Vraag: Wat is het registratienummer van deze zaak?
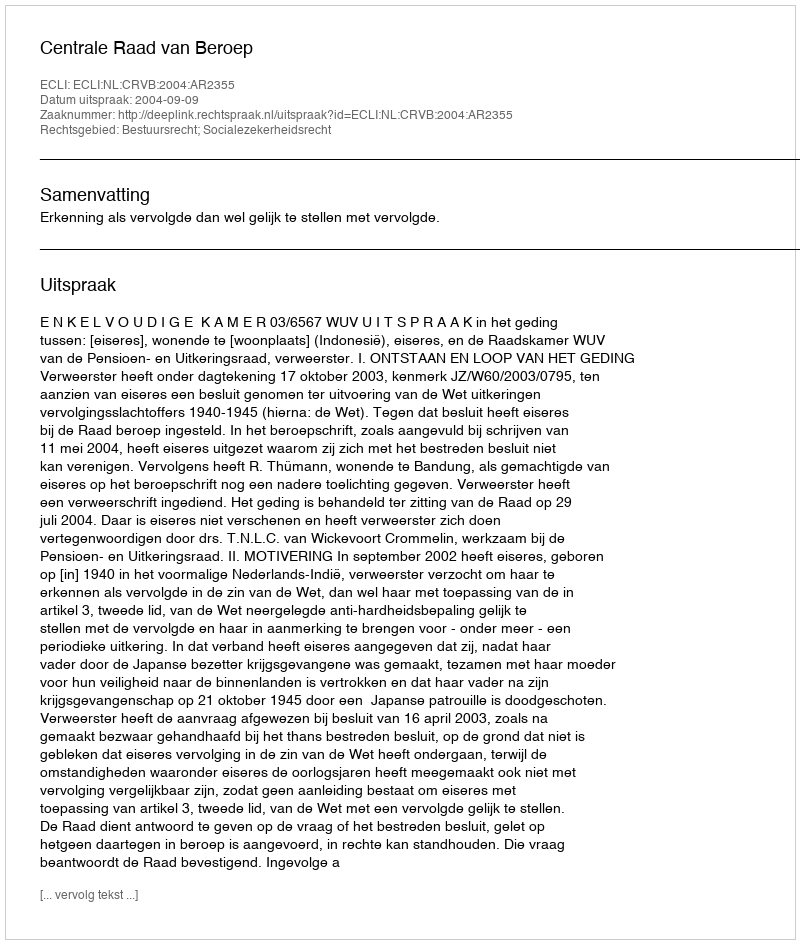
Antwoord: http://deeplink.rechtspraak.nl/uitspraak?id=ECLI:NL:CRVB:2004:AR2355